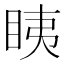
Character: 眱